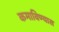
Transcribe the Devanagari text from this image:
कमाविण्यास